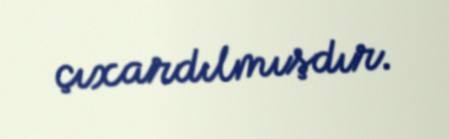
çıxardılmışdır.